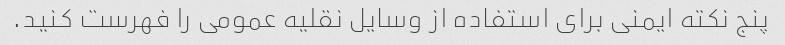
پنج نکته ایمنی برای استفاده از وسایل نقلیه عمومی را فهرست کنید.